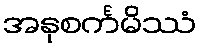
အနုစင်္ကမိဿံ